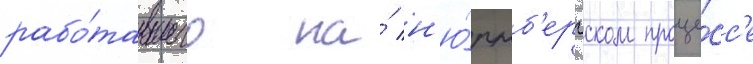
рабо́тавшего на́ н'ю́рнб'ергском проце́сс'е